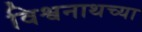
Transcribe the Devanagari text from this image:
विश्वनाथच्या